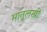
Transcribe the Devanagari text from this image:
मातुलस्त्री